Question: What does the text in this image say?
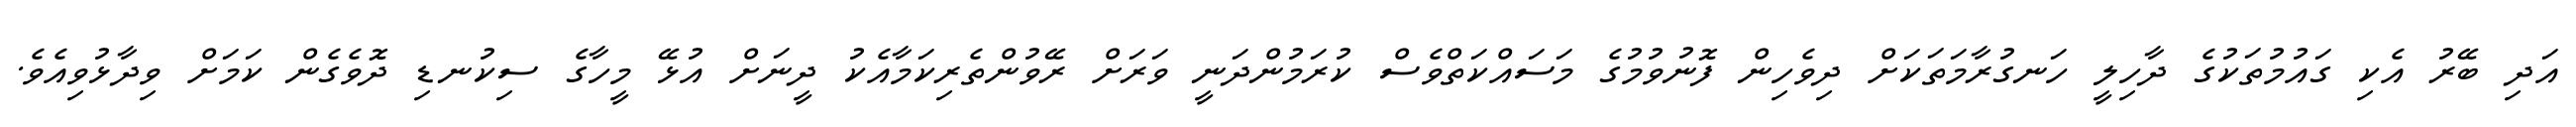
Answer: އަދި ބޭރު އެކި ގައުމުތަކުގެ ދާހިލީ ހަނގުރާމަތަކަށް ދިވެހިން ފޮނުވުމުގެ މަސައްކަތްވެސް ކުރަމުންދަނީ ވަރަށް ރޭވުންތެރިކަމާއެކު ދީނަށް އުޅޭ މީހާގެ ސިކުނޑި ދޮވެގެން ކަމަށް ވިދާޅުވިއެވެ.